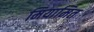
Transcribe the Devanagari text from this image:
मियामित